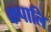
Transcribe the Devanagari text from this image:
कपालि